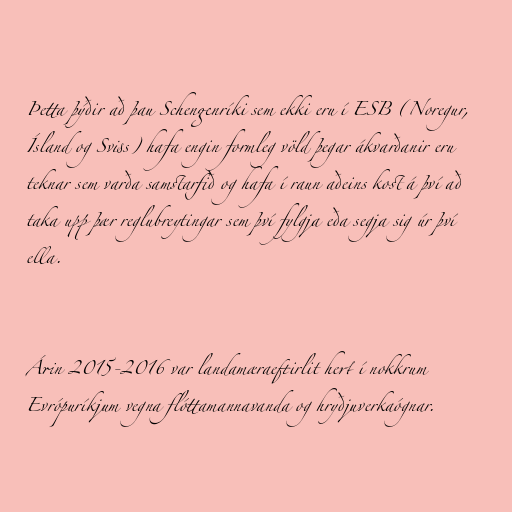
Þetta þýðir að þau Schengenríki sem ekki eru í ESB (Noregur,
Ísland og Sviss) hafa engin formleg völd þegar ákvarðanir eru
teknar sem varða samstarfið og hafa í raun aðeins kost á því að
taka upp þær reglubreytingar sem því fylgja eða segja sig úr því
ella.

Árin 2015-2016 var landamæraeftirlit hert í nokkrum
Evrópuríkjum vegna flóttamannavanda og hryðjuverkaógnar.